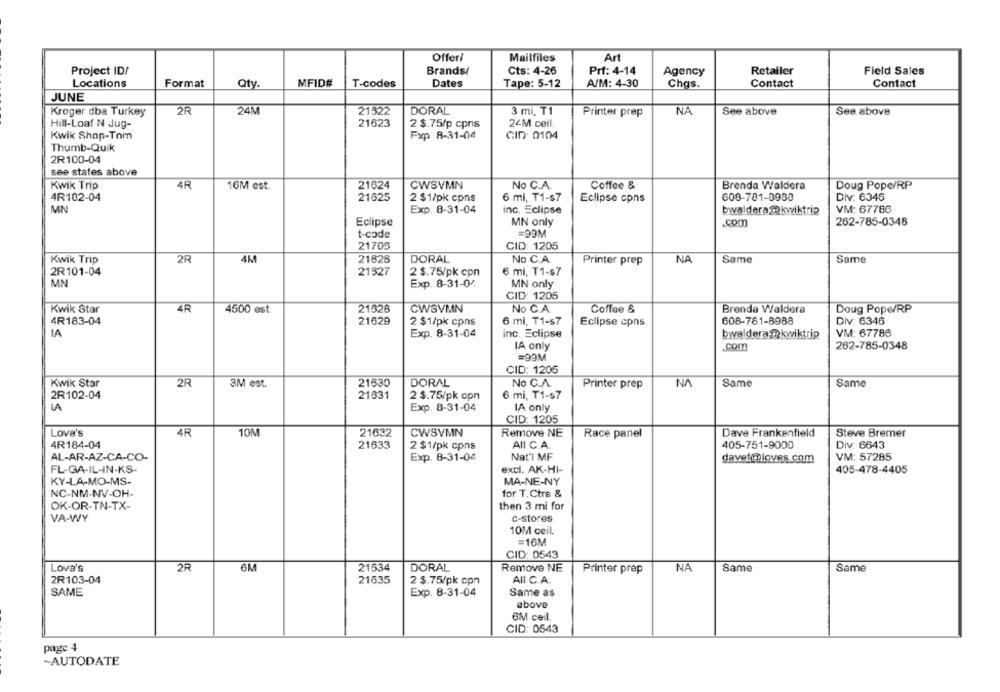
Offeri
Mailfiles
Art
Project ID/
Brands/
Cts: 4-26
Prf: 4-14
Agency
Retailer
Field Sales
Format
Oty
MFID#
Dates
A/M: 4-30
Contact
Contact
Locations
T-codes
Tape: 5-12
Chas.
JUNE
2R
24M
21322
DORAL
3 mi. T1
NA
Kroger dba Turkey
Printer prep
See above
See above
Hill-Loaf N Jug-
21623
2 $.75/p cpns
24M ceil.
Kwik Shop-Tom
Fxp 8-31-04
CID: 0104
Thumb-Quik
2R100-04
see states above
Kwik Trip
4R
16M est.
21624
CWSVMN
No C.A.
Coffee &
Brenda Waldera
Doug Pope/RP
4R102-04
21625
2 $1/pk cpns
6 ml, T1-$7
Eclipse cpns
600-781-0980
Div: 6346
VM: 67786
MN
Exp. 8-31-04
inc. Eclipse
bwaldera @kwiktrip
Eclipse
MN only
.Com
262-785-0348
t-code
=99M
21705
CID: 1205
Kwik Trip
2R
4M
21826
DORAL
No C.A.
Printer prep
NA
Same
Same
2R101-04
21527
2 $.75/pk cpn
6 mi, T1-$7
MN
Exp. 8-31-04
MN only
CID: 1205
Kwik Star
4R
4500 est
21528
CWSVMN
No C.A.
Coffee &
Brenda Waldera
Doug Pope/RP
4R183-04
21629
2 $1/pk cpns
6 ml, T1-s7
Eclipse cpns
608-781-8988
Div: 6346
IA
VM: 67786
Exp. 8-31-04
inc. Eclipse
bwaldera@kwiktrip
IA only
Com
262-785-0348
=99M
CID: 1205
Kwik Star
2R
3M est.
21630
DORAL
No C.A.
Printer prep
NA
Same
Same
2R102-04
21831
6 mi, T1-$7
2 $.75/pk opn
Exp. 8-31-04
IA only
CID: 1205
Love's
4R
10N
21632
CWSVMN
Remove NE
Race panel
Dave Frankenfield
Steve Bremer
4R184-04
21533
2 $1/pk cpns
AII C.A.
405-751-9000
Div. 6643
AL-AR-AZ-CA-CO-
Nat'l MF
VM: 57285
Exp. 8-31-04
davet@loves.com
FL-GA-IL-IN-KS-
excl. AK-HI-
405-478-4405
KY-LA-MO-MS-
MA-NE-NY
NC-NM-NV-OH-
for T.Ctrs &
then 3 mi for
OK-OR-TN-TX-
VA-WY
c-stores
10M ceil.
=16M
CID: 0543
Love's
2R
6M
21534
DORAL
Remove NE
NA
Same
Same
Printer prep
2R103-04
21635
2 $.75/pk cpn
AII C.A.
SAME
Exp. 8-31-04
Same as
above
6M ceil.
CID: 0543
page 4
~AUTODATE